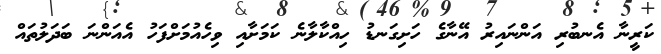
ކަރީނާ އެނބުރި އަންނައިރު އޭނާގެ ހަށިގަނޑު ހިއްކާލާނެ ކަމަށާއި ވިހެއުމަށްފަހު އެއަންނަ ބަދަލުތައް